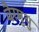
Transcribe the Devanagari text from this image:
वैरमुथु